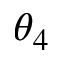
\theta _ { 4 }